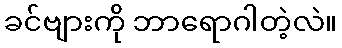
ခင်ဗျားကို ဘာရောဂါတဲ့လဲ။